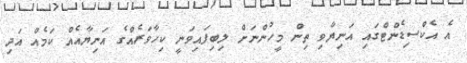
އެ އެކްސިޑެންޓްގައި އަނިޔާވި ތިން މީހުންނަށް ލިބިފައިވަނީ ކިހާވަރެއްގެ އަނިޔާއެއް ކަމެއް އަދި